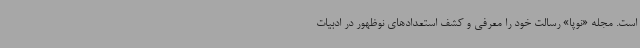
است. مجله «نوپا» رسالت خود را معرفی و کشف استعدادهای نوظهور در ادبیات